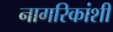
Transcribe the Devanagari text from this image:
नागरिकांशी